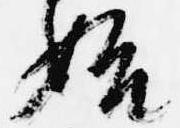
始